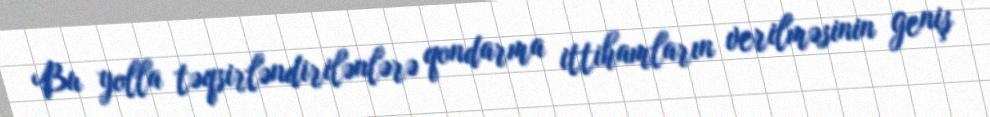
Bu yolla təqsirləndirilənlərə qondarma ittihamların verilməsinin geniş